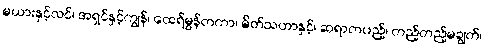
မယားနှင့်လင်၊ အရှင်နှင့်ကျွန်၊ ထေရ်မွန်တကာ၊ မိတ်သဟာနှင့်၊ ဆရာတပည့်၊ တည့်တည့်မချွတ်၊